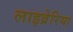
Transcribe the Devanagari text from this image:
लाइव्रेरिया